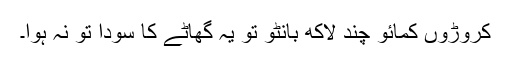
کروڑوں کمائو چند لاکھ بانٹو تو یہ گھاٹے کا سودا تو نہ ہوا۔